Annual report of the Central Committee of the Association together with the report of the directors of the Pasteur Institute at Kasauli
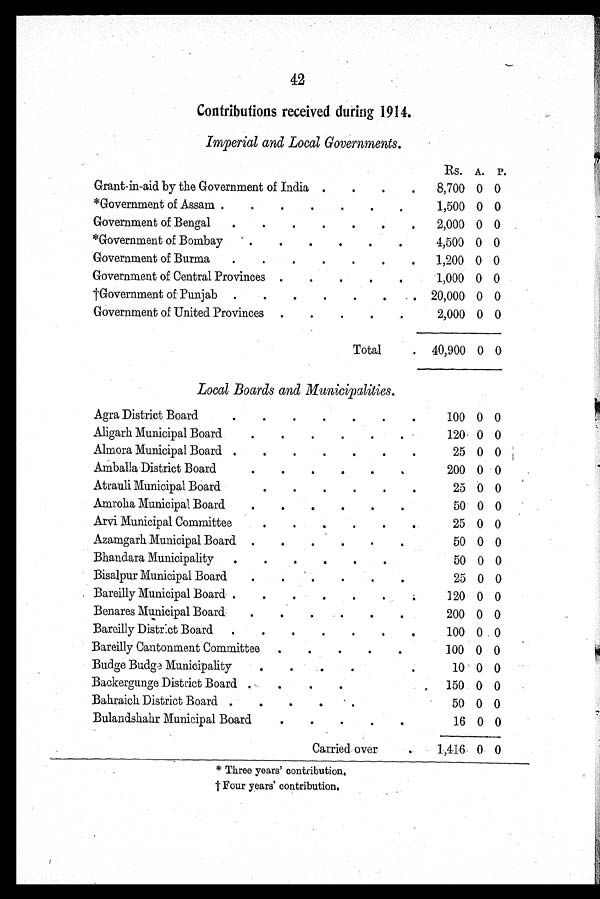
42
Contributions received during 1914.
Imperial and Local Governments.
Rs. A. P.
Grant-in-aid by the Government of India
8,700 0 0
*Government of Assam
1,500 0 0
Government of Bengal
2,000 0 0
*Government of Bombay
4,500 0 0
Government of Burma
1,200 0 0
Government of Central Provinces
1,000 0 0
'Government of Punjab
20,000 0 0
Government of United Provinces
2,000 0 0
Total
40,900 0 0
Local Boards and Illun,icipalities.
Agra District Board
100 0 0
Aligarh Municipal Board
120- 0 0
Almora Municipal Board
25 0 0
Amballa District Board
200 0 0
.
Atrauli Municipal Board
23 0 0
Amrolia Municipal Board
50 0 0
Arvi Municipal Committee
25 0 0
Azamgarh Municipal Board
50 0 0
Bhandara Municipality
50 0 0
Bisalpur Municipal Board
25 0 0
Bareilly Municipal Board
120 0 0
Benares Municipal Board
200 0 0
Bareilly Distract Board
100 0 0
Bareilly Cantonment Committee
100 0 0
Budge Budge Municipality
10 0 0
Backergunge District Board
,
150 0 0
Bahraich District Board
50 0 0
Bulandshahr Municipal Board
16 0 0
Carried over
1,416 0 0
* Three years' contribution,
t Four years' contribution,